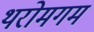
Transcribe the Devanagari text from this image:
थरोमगम